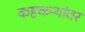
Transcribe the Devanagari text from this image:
कष्टकऱ्यांवर